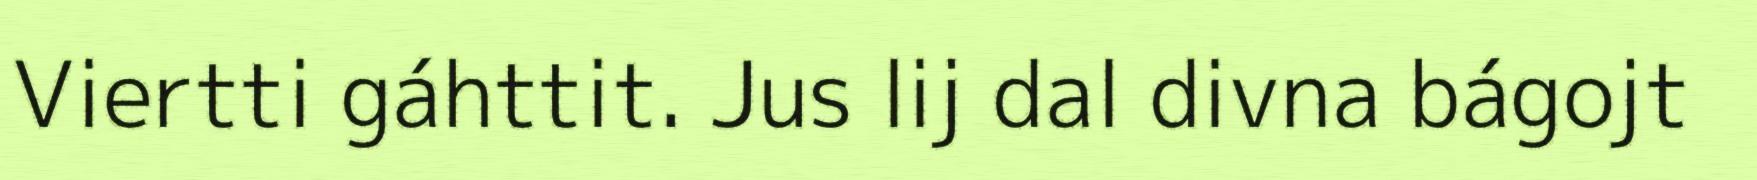
Viertti gáhttit. Jus lij dal divna bágojt